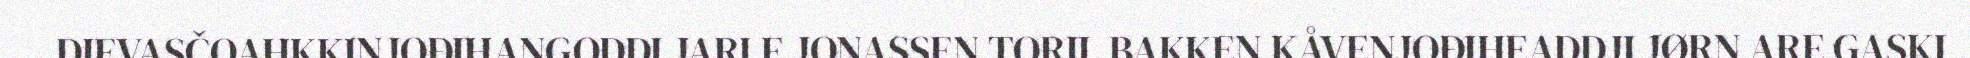
DIEVASČOAHKKINJOĐIHANGODDI JARLE JONASSEN TORIL BAKKEN KÅVENJOĐIHEADDJI JØRN ARE GASKI